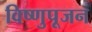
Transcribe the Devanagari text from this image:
विष्णुपूजन